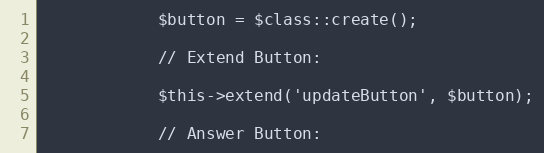
Language: PHP
            $button = $class::create();

            // Extend Button:

            $this->extend('updateButton', $button);

            // Answer Button: